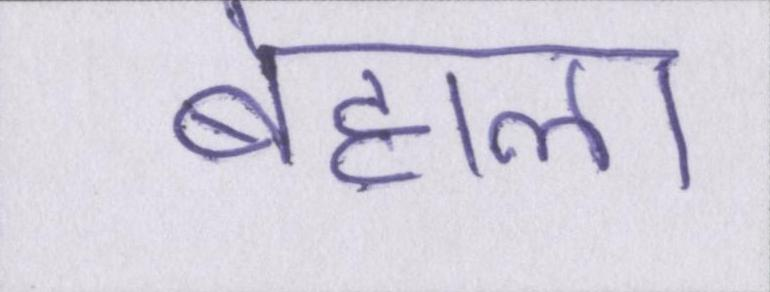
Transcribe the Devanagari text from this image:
बेहाल।